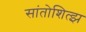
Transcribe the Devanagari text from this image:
सांतोशित्झ